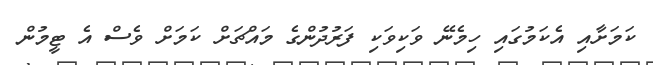
ކަމަށާއި އެކަމުގައި ހިމެނޭ ވަކިވަކި ފަރުދުންގެ މައްޗަށް ކަމަށް ވެސް އެ ޓީމުން